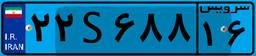
۲۲S۶۸۸۱۶